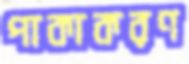
পাকাকরণ